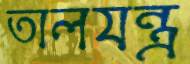
তালযন্ত্র